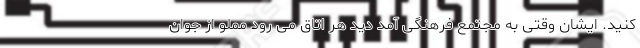
کنید. ایشان وقتی به مجتمع فرهنگی آمد دید هر اتاق می رود مملو از جوان